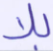
بلا